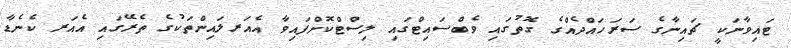
ޓައިވާނަކީ ޗައިނާގެ ސަރަހައްދެއްގެ ގޮތުގައި ވެބްސައިޓްގައި ލިސްޓްކޮށްފައިވާ އެއަރލައިންތަކުގެ ތެރޭގައި އެއަރ ކެނެޑާ